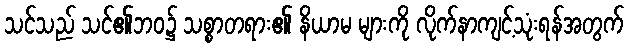
သင်သည် သင်၏ဘဝ၌ သစ္စာတရား၏ နိယာမ များကို လိုက်နာကျင့်သုံးရန်အတွက်